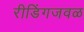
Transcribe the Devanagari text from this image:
रीडिंगजवळ